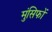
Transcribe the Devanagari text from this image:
मुंसिफों